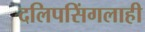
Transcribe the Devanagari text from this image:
दलिपसिंगलाही